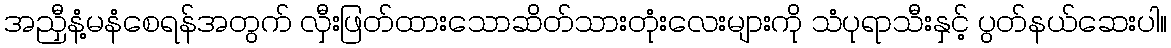
အညှီနံ့မနံစေရန်အတွက် လှီးဖြတ်ထားသောဆိတ်သားတုံးလေးများကို သံပုရာသီးနှင့် ပွတ်နယ်ဆေးပါ။